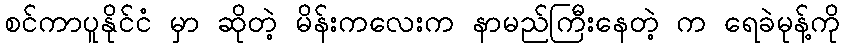
စင်ကာပူနိုင်ငံ မှာ ဆိုတဲ့ မိန်းကလေးက နာမည်ကြီးနေတဲ့ က ရေခဲမုန့်ကို